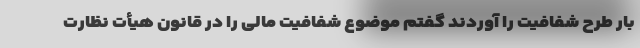
بار طرح شفافیت را آوردند گفتم موضوع شفافیت مالی را در قانون هیأت نظارت